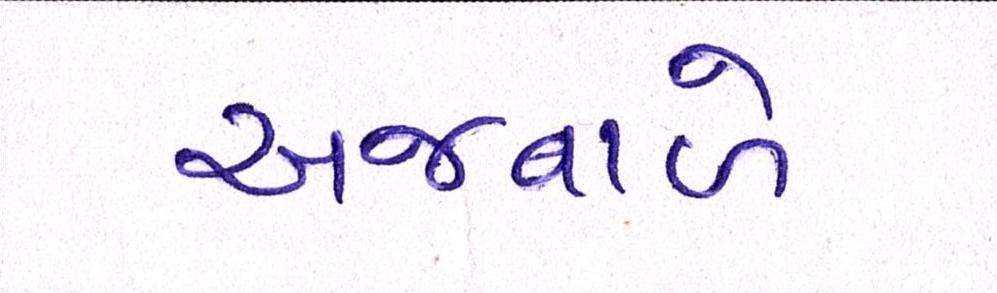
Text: અજવાળે